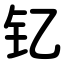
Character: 钇